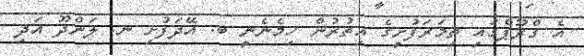
އެ ގްރޫޕްގައި ތިމަރަފުށީގެ އިތުރުން ހިމެނެނީ ބ. އޭދަފުށި ނ. ލަންދޫ އަދި